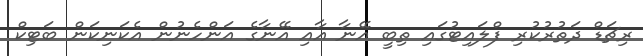
ރިޗަޑް ދަތުރުކުރި ފްލައިޓުގައި ތިބީ އޭނާ އާއި އޭނާގެ އަންހެނުން އެކަނިކަން ބަޓިކް